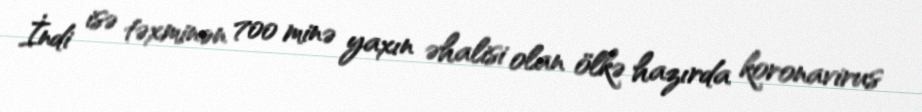
İndi isə təxminən 700 minə yaxın əhalisi olan ölkə hazırda koronavirus